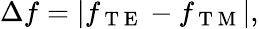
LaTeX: \Delta f=|f_{\mathrm{~T~E~}}-f_{\mathrm{~T~M~}}|,